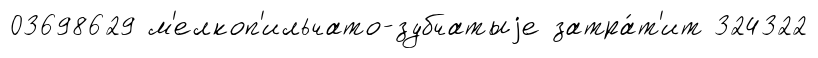
03698629 м'елкоп'ильчато-зубчатыjе затра́т'ит 324322